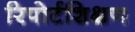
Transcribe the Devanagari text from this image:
रिपोर्टशिक्षण